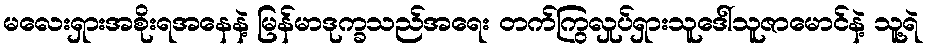
မလေးရှားအစိုးရအနေနဲ့ မြန်မာဒုက္ခသည်အရေး တက်ကြွလှုပ်ရှားသူဒေါ်သူဇာမောင်နဲ့ သူ့ရဲ